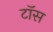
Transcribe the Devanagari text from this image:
टाॅस